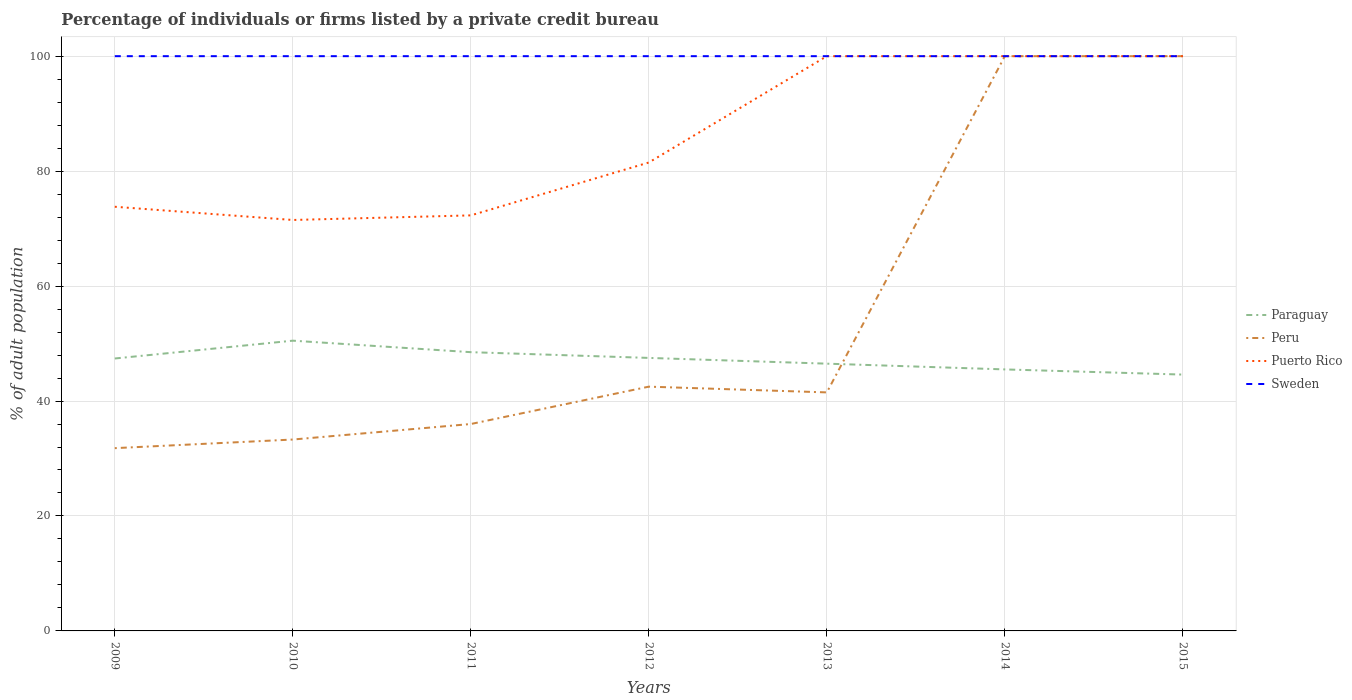
| Years | Paraguay | Peru | Puerto Rico | Sweden |
 | --- | --- | --- | --- | --- |
 | 2009 | 47.4 | 31.8 | 73.8 | 100 |
 | 2010 | 50.5 | 33.3 | 71.5 | 100 |
 | 2011 | 48.5 | 36 | 72.3 | 100 |
 | 2012 | 47.5 | 42.5 | 81.5 | 100 |
 | 2013 | 46.5 | 41.5 | 100 | 100 |
 | 2014 | 45.5 | 100 | 100 | 100 |
 | 2015 | 44.6 | 100 | 100 | 100 |